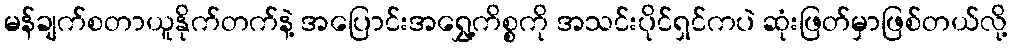
မန်ချက်စတာယူနိုက်တက်နဲ့ အပြောင်းအရွှေ့ကိစ္စကို အသင်းပိုင်ရှင်ကပဲ ဆုံးဖြတ်မှာဖြစ်တယ်လို့